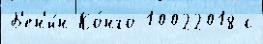
Б'ен'и́н Ко́нго 10022018 с